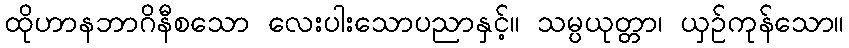
ထိုဟာနဘာဂိနီစသော လေးပါးသောပညာနှင့်။ သမ္ပယုတ္တာ၊ ယှဉ်ကုန်သော။